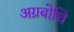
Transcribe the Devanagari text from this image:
अग्रबोधि